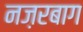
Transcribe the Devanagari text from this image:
नज़रबाग